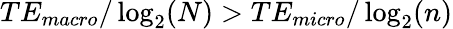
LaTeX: TE_{macro}/\log_{2}(N)>TE_{micro}/\log_{2}(n)